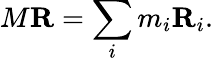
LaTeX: M\mathbf{R}=\sum_{i}m_{i}\mathbf{R}_{i}.